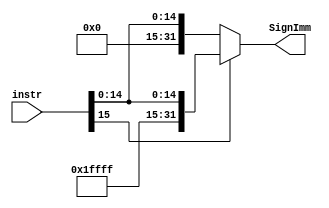
module Sign_Extend (
input      [15:0] instr,
output reg [31:0] SignImm
);

always @(*)
begin
  if(instr[15])
    SignImm = {16'd65535,instr[15:0]};
  else
    SignImm = {16'b0,instr[15:0]};
end

endmodule